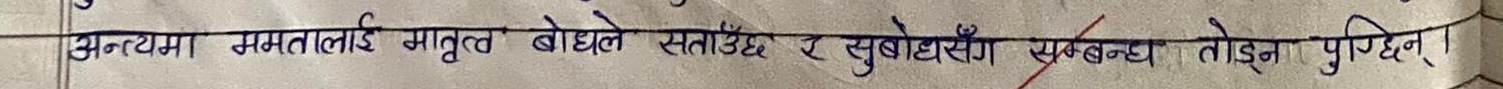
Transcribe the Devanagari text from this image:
अन्तयमा ममतालाई मातृत्व बोधले सताउँछ र सुबोधसँग सम्बन्ध तोड्न पुगिछन्।